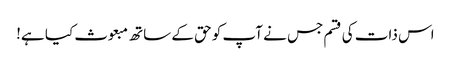
اس ذات کی قسم جس نے آپ کو حق کے ساتھ مبعوث کیا ہے!